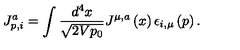
J _ { p , i } ^ { a } = \int \frac { d ^ { 4 } x } { \sqrt { 2 V p _ { 0 } } } J ^ { \mu , a } \left( x \right) \epsilon _ { i , \mu } \left( p \right) .